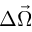
\Delta \vec { \Omega }